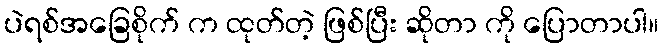
ပဲရစ်အခြေစိုက် က ထုတ်တဲ့ ဖြစ်ပြီး ဆိုတာ ကို ပြောတာပါ။